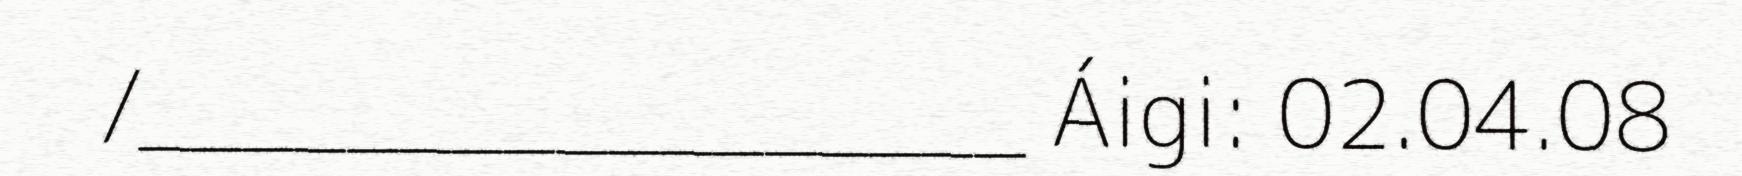
/_________________ Áigi: 02.04.08